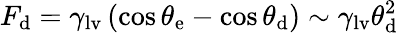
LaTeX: F_{\mathrm{d}}=\gamma_{\mathrm{lv}}\left(\cos{\theta_{\mathrm{e}}}-\cos{\theta_{\mathrm{d}}}\right)\sim\gamma_{\mathrm{lv}}\theta_{\mathrm{d}}^{2}